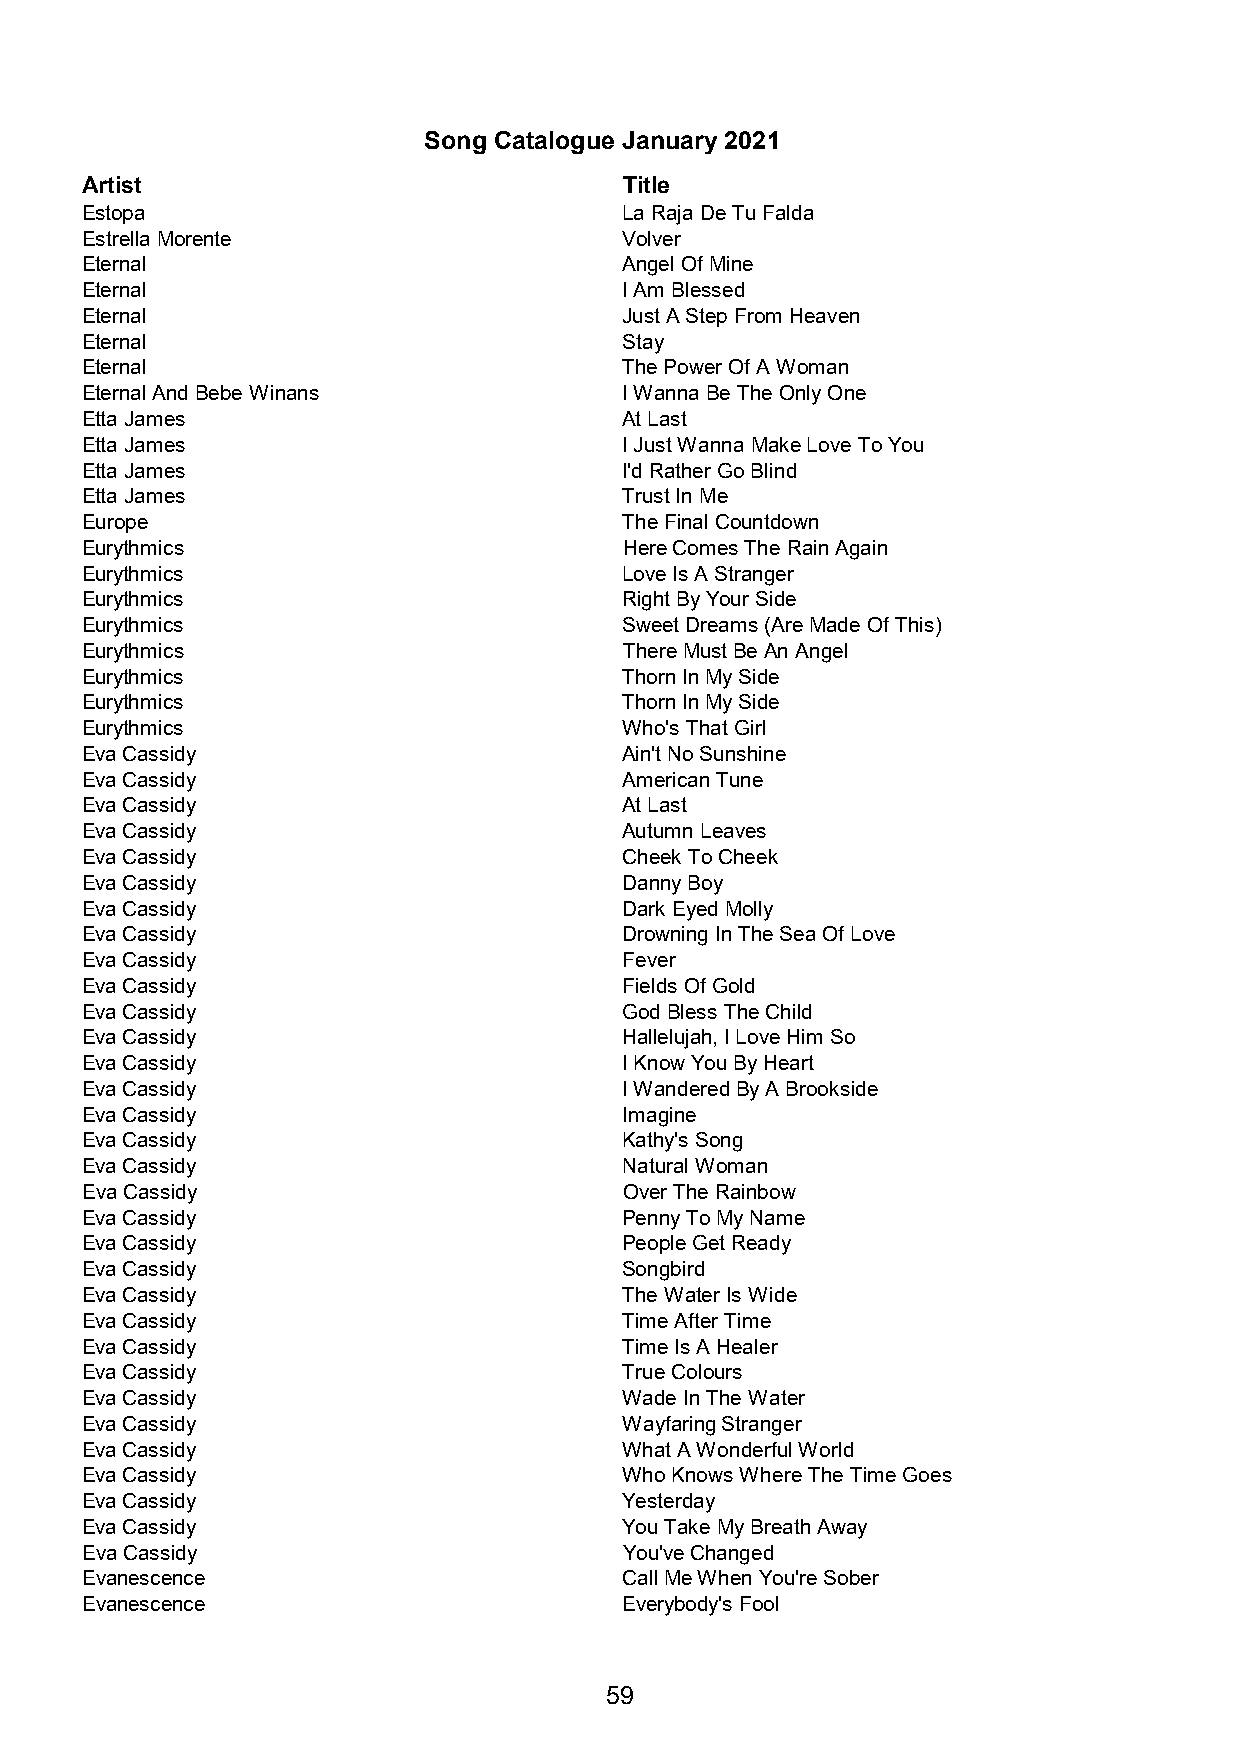
Song Catalogue January 2021
 Artist                              Title
 Estopa                              La Raja De Tu Falda
 Estrella Morente                    Volver
 Eternal                             Angel Of Mine
 Eternal                             I Am Blessed
 Eternal                             Just A Step From Heaven
 Eternal                             Stay
 Eternal                             The Power Of A Woman
 Eternal And Bebe Winans             I Wanna Be The Only One
 Etta James                          At Last
 Etta James                          I Just Wanna Make Love To You
 Etta James                          I'd Rather Go Blind
 Etta James                          Trust In Me
 Europe                              The Final Countdown
 Eurythmics                          Here Comes The Rain Again
 Eurythmics                          Love Is A Stranger
 Eurythmics                          Right By Your Side
 Eurythmics                          Sweet Dreams (Are Made Of This)
 Eurythmics                          There Must Be An Angel
 Eurythmics                          Thorn In My Side
 Eurythmics                          Thorn In My Side
 Eurythmics                          Who's That Girl
 Eva Cassidy                         Ain't No Sunshine
 Eva Cassidy                         American Tune
 Eva Cassidy                         At Last
 Eva Cassidy                         Autumn Leaves
 Eva Cassidy                         Cheek To Cheek
 Eva Cassidy                         Danny Boy
 Eva Cassidy                         Dark Eyed Molly
 Eva Cassidy                         Drowning In The Sea Of Love
 Eva Cassidy                         Fever
 Eva Cassidy                         Fields Of Gold
 Eva Cassidy                         God Bless The Child
 Eva Cassidy                         Hallelujah, I Love Him So
 Eva Cassidy                         I Know You By Heart
 Eva Cassidy                         I Wandered By A Brookside
 Eva Cassidy                         Imagine
 Eva Cassidy                         Kathy's Song
 Eva Cassidy                         Natural Woman
 Eva Cassidy                         Over The Rainbow
 Eva Cassidy                         Penny To My Name
 Eva Cassidy                         People Get Ready
 Eva Cassidy                         Songbird
 Eva Cassidy                         The Water Is Wide
 Eva Cassidy                         Time After Time
 Eva Cassidy                         Time Is A Healer
 Eva Cassidy                         True Colours
 Eva Cassidy                         Wade In The Water
 Eva Cassidy                         Wayfaring Stranger
 Eva Cassidy                         What A Wonderful World
 Eva Cassidy                         Who Knows Where The Time Goes
 Eva Cassidy                         Yesterday
 Eva Cassidy                         You Take My Breath Away
 Eva Cassidy                         You've Changed
 Evanescence                         Call Me When You're Sober
 Evanescence                         Everybody's Fool
 59